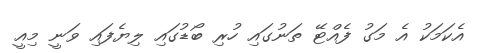
އެކަމަކު އެ މަގު ފެއްޓޭ ތަނުގައި ހުރި ބޯޑުގައި ލިޔެފައި ވަނީ މިއީ